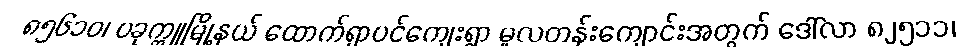
၈၅၆၁ဝ၊ ပခုက္ကူမြို့နယ် ထောက်ရှာပင်ကျေးရွာ မူလတန်းကျောင်းအတွက် ဒေါ်လာ ၈၂၅၁၁၊